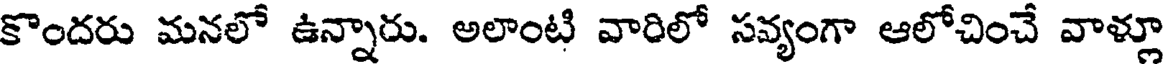
కొందరు మనలో ఉన్నారు. అలాంటి వారిలో సవ్యంగా ఆలోచించే వాళ్లూ